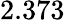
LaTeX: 2.373